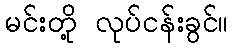
မင်းတို့ လုပ်ငန်းခွင်။